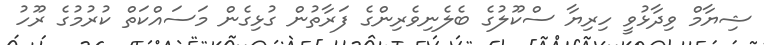
ޝިޔާމް ވިދާޅުވީ ހިރިޔާ ސްކޫލުގެ ބެލެނިވެރިންގެ ފަރާތުން ގުޅިގެން މަސައްކަތް ކުރުމުގެ ރޫހު